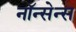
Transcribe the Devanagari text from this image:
नॉन्सेन्स